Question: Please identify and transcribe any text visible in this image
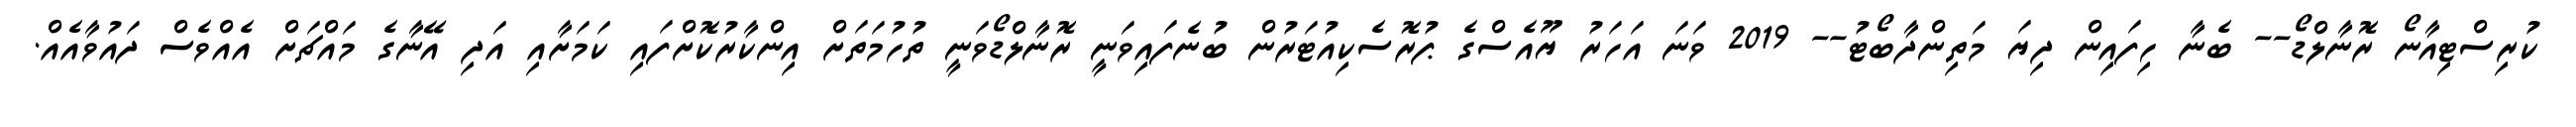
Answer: ކުރިސްޓިއާނޯ ރޮނާލްޑޯ-- ބެނާ ހިފައިން ދިޔަ މަތިންދާބޯޓު-- 2019 ވަނަ އަހަރު ޔޫއެސްގެ ޕުރޮސެކިއުޓަރުން ބުނެފައިވަނީ ރޮނާލްޑޯވަނީ ތުހުމަތަށް އިންކާރުކޮށްފައި ކަމަށާއި އަދި އޭނާގެ މައްޗަށް އެއްވެސް ދައުވާއެއް.